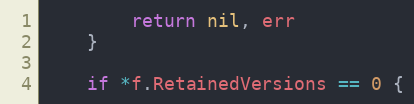
Language: Go
		return nil, err
	}

	if *f.RetainedVersions == 0 {